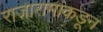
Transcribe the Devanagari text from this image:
राजारामांकडून